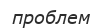
проблем